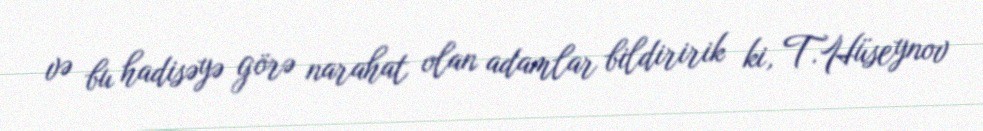
və bu hadisəyə görə narahat olan adamlar bildiririk ki, T.Hüseynov